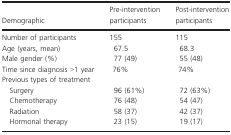
<table><thead><tr><td><b>Demographic</b></td><td><b>Pre-intervention participants</b></td><td><b>Post-intervention participants</b></td></tr></thead><tbody><tr><td>Number of participants</td><td>155</td><td>115</td></tr><tr><td>Age (years, mean)</td><td>67.5</td><td>68.3</td></tr><tr><td>Male gender (%)</td><td>77 (49)</td><td>55 (48)</td></tr><tr><td>Time since diagnosis &gt;1 year</td><td>76%</td><td>74%</td></tr><tr><td colspan="3">Previous types of treatment</td></tr><tr><td> Surgery</td><td>96 (61%)</td><td>72 (63%)</td></tr><tr><td> Chemotherapy</td><td>76 (48)</td><td>54 (47)</td></tr><tr><td> Radiation</td><td>58 (37)</td><td>42 (37)</td></tr><tr><td> Hormonal therapy</td><td>23 (15)</td><td>19 (17)</td></tr></tbody></table>